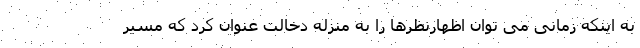
به اینکه زمانی می توان اظهارنظرها را به منزله دخالت عنوان کرد که مسیر